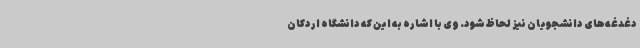
دغدغه‌های دانشجویان نیز لحاظ شود. وی با اشاره به این که دانشگاه اردکان